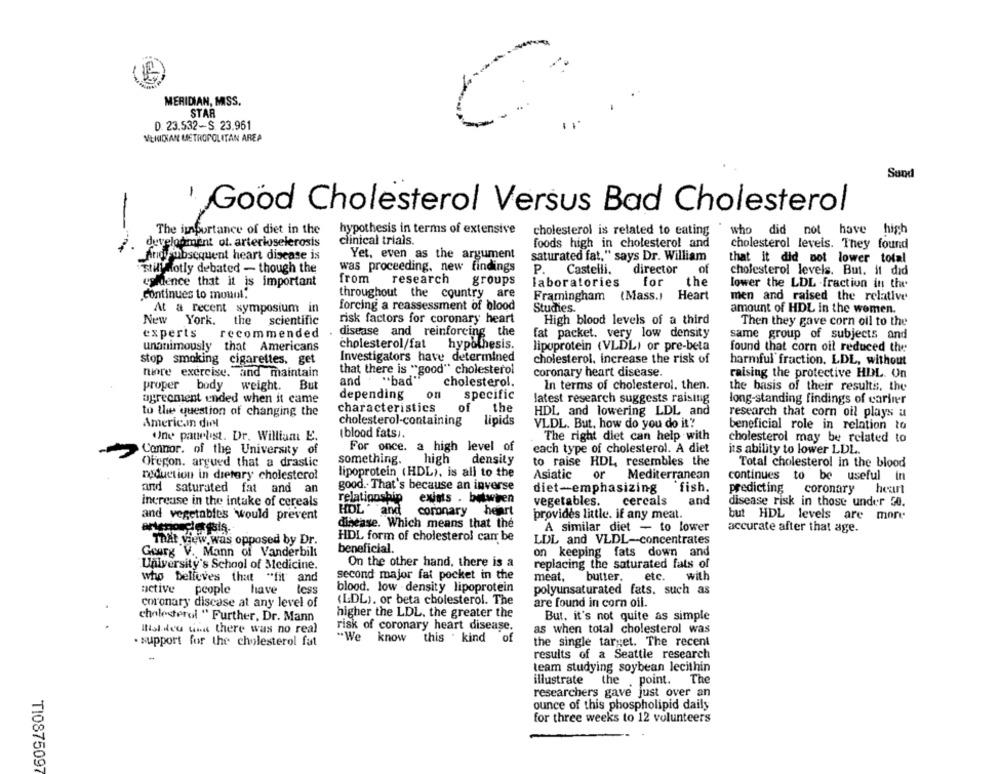
MERIDIAN, MISS.
STAR
D. 23.532-S. 23.961
VERICAN METROPOLITAN AREA
Sund
' Good Cholesterol Versus Bad Cholesterol
The importance of diet in the
hypothesis in terms of extensive
cholesterol is related to eating
who did not have high
high
clinical trials.
development ot. arterioselerosis
foods high in cholesterol and
cholesterol levels. They found
Anoysubsequent heart disease is
Yet, even as the argument
saturated fat," says Dr. William
that it did not lower total
still Hotly debated - though the
was proceeding, new findings
P. Castelli.
director
of
cholesterol levels. But. it did
from
"Talence that it is important
research
groups
laboratories
for
the
lower the LDL -fraction in the
.Continues to mount."
throughout the country are
Heart
Framingham
(Mass.)
men and raised the relative
At a recent symposium in
forcing a reassessment of blood
Studies.
amount of HDL in the women.
New York.
the
scientific
risk factors for coronary heart
High blood levels of a third
Then they gave corn oll to the
experts
recommended
disease and reinforcing the
fat packet. very low density
same group of subjects and
unanimously that Americans
cholesterol/fat
hypothesis.
lipoprotein (VLDL) or pre-beta
found that corn oil reduced the
stop smoking cigarettes, get
Investigators have determined
cholesterol. increase the risk of
harmful fraction. LDL, without
that there is "good" cholesterol
coronary heart disease.
more exercise. and maintain
and "bad"
raising the protective HDL. Un
proper body
weight.
But
cholesterol.
In terms of cholesterol. then.
the basis of their results, the
depending
on
specific
agreement ended when it came
latest research suggests raising
long-standing findings of cariner
characteristics
of
the
HDL and lowering LDL and
to the question of changing the
research that corn oil plays a
American duy
cholesterol-containing
lipids
VLDL. But, how do you do it"
beneficial role in relation to
(blood fats).
One panelist. Dr. William E.
The right diet can help with
cholesterol may be related to
For once. a high level of
each type of cholesterol. A diet
its ability to lower LDL.
Connor. of the University of
Oregon. argued that a drastic
something.
high
density
to raise HDL, resembles the
Total cholesterol in the blood
reduction in dietary cholesterol
lipoprotein (HDL), is all to the
Asiatic
or
Mediterranean
continues to be useful in
good .. That's because an inverse
fish.
and saturated fat and an
diet-emphasizing
predicting coronary
increase in the intake of cereals
relationship
exists . between
vegetables.
cercals
and
disease risk in those under 50.
HOL and
heart
and vegetables would prevent
coronary
provides little. if any meat.
but HDL levels are more
disease. Which means that the
A similar diet - to lower
accurate after that age.
That view was opposed by Dr.
HDL form of cholesterol carr be
LDL and VLDL-concentrates
beneficial.
Gourg V. Mann of Vanderbilt
on keeping fats down and
University's School of Medicine.
On the other hand, there is a
replacing the saturated fats of
who believes that "fit and
second major fat pocket in the
meat,
butter. etc.
with
active
less
blood. low density lipoprotein
people have
polyunsaturated fats, such as
coronary discase at any level of
(LDL). or beta cholesterol. The
are found in corn oil.
cholesterol " Further, Dr. Mann
higher the LDL, the greater the
But, it's not quite as simple
risk of coronary heart disease.
ItisI dou wins there was no real
as when total cholesterol was
. support for the cholesterol fat
-. We
know
this . kind
of
the single target. The recent
results of a Seattle research
team studying soybean lecithin
illustrate
the point. The
researchers gave just over an
ounce of this phospholipid daily
for three weeks to 12 volunteers
TI0875097